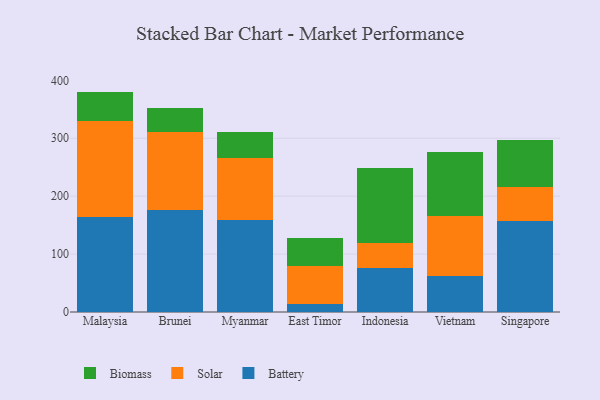
{"axis": {"x": "Country", "y": "Gross Profit (USD K)"}, "legend": ["Battery", "Biomass", "Solar"], "data": [{"x": "Malaysia", "y": 163.7, "type": "Battery"}, {"x": "Malaysia", "y": 166.7, "type": "Solar"}, {"x": "Malaysia", "y": 50.2, "type": "Biomass"}, {"x": "Brunei", "y": 176.6, "type": "Battery"}, {"x": "Brunei", "y": 134.1, "type": "Solar"}, {"x": "Brunei", "y": 41.0, "type": "Biomass"}, {"x": "Myanmar", "y": 159.6, "type": "Battery"}, {"x": "Myanmar", "y": 106.8, "type": "Solar"}, {"x": "Myanmar", "y": 44.2, "type": "Biomass"}, {"x": "East Timor", "y": 14.0, "type": "Battery"}, {"x": "East Timor", "y": 65.8, "type": "Solar"}, {"x": "East Timor", "y": 48.6, "type": "Biomass"}, {"x": "Indonesia", "y": 75.4, "type": "Battery"}, {"x": "Indonesia", "y": 43.2, "type": "Solar"}, {"x": "Indonesia", "y": 129.9, "type": "Biomass"}, {"x": "Vietnam", "y": 62.8, "type": "Battery"}, {"x": "Vietnam", "y": 102.8, "type": "Solar"}, {"x": "Vietnam", "y": 110.9, "type": "Biomass"}, {"x": "Singapore", "y": 156.8, "type": "Battery"}, {"x": "Singapore", "y": 59.6, "type": "Solar"}, {"x": "Singapore", "y": 79.8, "type": "Biomass"}]}